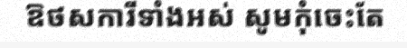
ឱថសការីទាំងអស់ សូមកុំចេះតែ